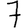
Digit: 7